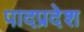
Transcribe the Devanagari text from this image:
पादप्रदेश